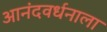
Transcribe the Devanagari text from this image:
आनंदवर्धनाला